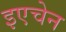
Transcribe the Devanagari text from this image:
इएचेन